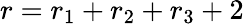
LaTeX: r=r_{1}+r_{2}+r_{3}+2